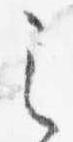
之